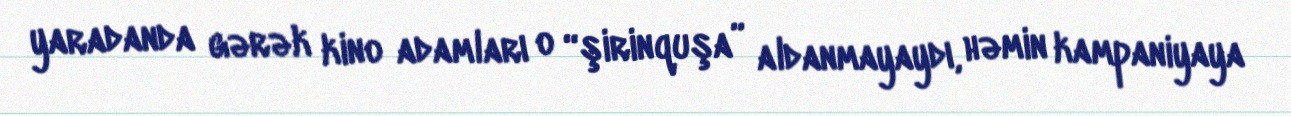
yaradanda gərək kino adamları o “şirinquşa” aldanmayaydı, həmin kampaniyaya